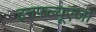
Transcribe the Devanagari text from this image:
इनफ्ल्यूएंजा